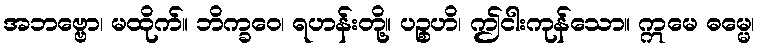
အဘဗ္ဗော၊ မထိုက်။ ဘိက္ခဝေ၊ ရဟန်းတို့။ ပဉ္စဟိ၊ ဤငါးကုန်သော။ ဣမေ ဓမ္မေ၊